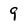
Character: 9